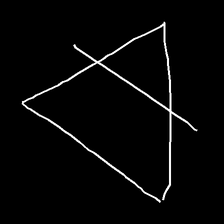
Glyph: empower